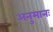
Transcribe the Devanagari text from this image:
अनुमानः